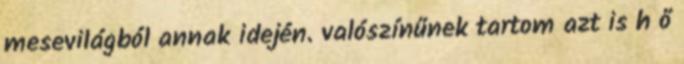
mesevilágból annak idején. valószínűnek tartom azt is h ő